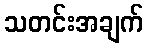
သတင်းအချက်